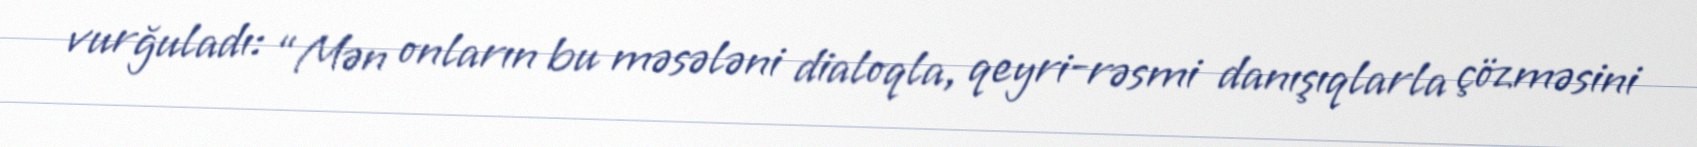
vurğuladı: “Mən onların bu məsələni dialoqla, qeyri-rəsmi danışıqlarla çözməsini